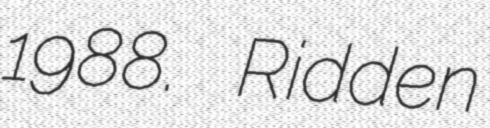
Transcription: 1988.	 Ridden